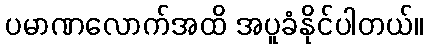
ပမာဏလောက်အထိ အပူခံနိုင်ပါတယ်။